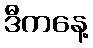
ဒီကနေ့